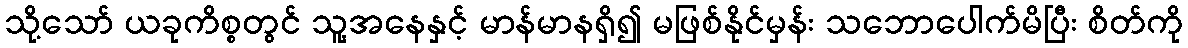
သို့သော် ယခုကိစ္စတွင် သူ့အနေနှင့် မာန်မာနရှိ၍ မဖြစ်နိုင်မှန်း သဘောပေါက်မိပြီး စိတ်ကို